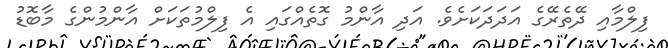
ފިލްމާއި ދޭތެރޭގެ އަދަދަކަށެވެ. އަދި އާންމު ގޮތެއްގައި އެ ފިލްމުތަކަށް އާންމުންގެ މާބޮޑު